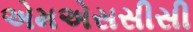
એમએસસીસી